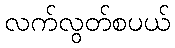
လက်လွတ်စပယ်